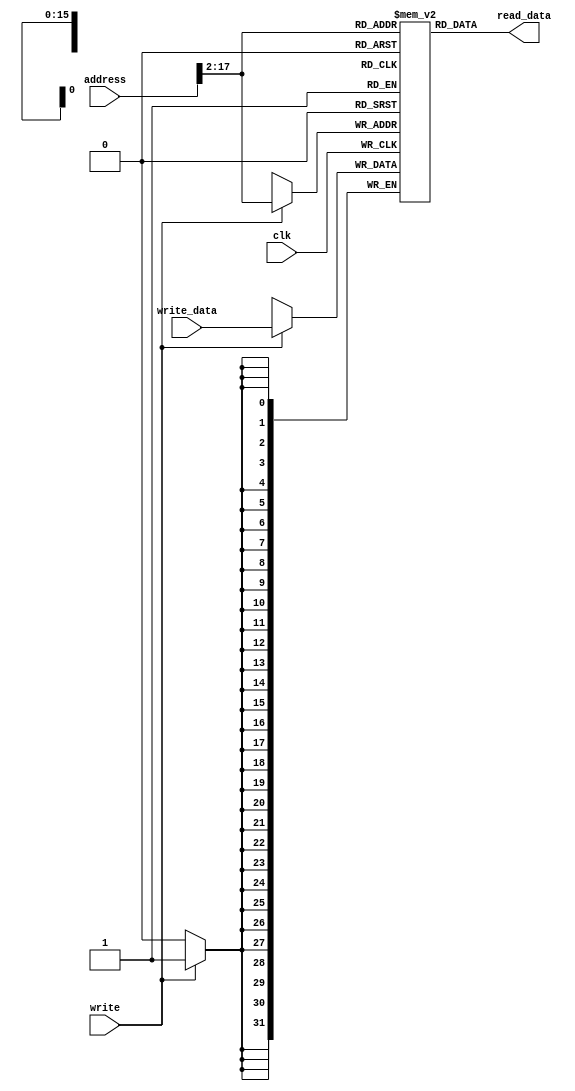

`timescale 1ns/10ps

//==============================================================================

module async_mem(
   input clk,
   input write,
   input [31:0] address,
   input [31:0] write_data,
   output [31:0] read_data
);

	reg [31:0] mem_data [0:(1<<16)-1];

// assign #7 read_data = mem_data[ address[17:2] ];  // address to read data delay of 7ns
   assign    read_data = mem_data[ address[17:2] ];  // zero delay, address to read data

   always @( posedge clk )
      if ( write )
         mem_data[ address[17:2] ] <= write_data;

endmodule

//==============================================================================
`define DEBUG	
// comment this line to disable register content writing below
//==============================================================================

module reg_file(
	input  clk,
	input  write,
	input  [ 4:0] WR,
	input  [31:0] WD,
	input  [ 4:0] RR1,
	input  [ 4:0] RR2,
	output [31:0] RD1,
	output [31:0] RD2
	);

	reg [31:0] reg_data [0:31];

	assign RD1 = reg_data[RR1];
	assign RD2 = reg_data[RR2];

// Data Forwarding in Register File for future use
//	assign RD1 = (RR1 == WR && write && RR1) ? WD : reg_data[RR1];
//	assign RD2 = (RR2 == WR && write && RR2) ? WD : reg_data[RR2];
	
	always @(posedge clk) begin
		if(write) begin
			reg_data[WR] <= WD;

			`ifdef DEBUG
			if(WR)
				$display("$%0d = %x", WR, WD);
			`endif
		end
		reg_data[0] <= 32'h00000000;
	end

endmodule

/*==============================================================================

module my_alu(
   input  [2:0] Op,
   input  [31:0] A,
   input  [31:0] B,
   output [31:0] X,
   output        Z
   );

   wire sub = Op != `ADD;
   wire [31:0] bb = sub ? ~B : B;
   wire [32:0] sum = A + bb + sub;
   wire sltu = ! sum[32];

   wire v = sub ?
            ( A[31] != B[31] && A[31] != sum[31] )
          : ( A[31] == B[31] && A[31] != sum[31] );

   wire slt = v ^ sum[31];

   reg [31:0] x;

   always @( * )
      case( Op )
         `ADD : x = sum;
         `SUB : x = sum;
         `SLT : x = slt;
         `SLTU: x = sltu;
         `AND : x = A & B;
         `OR  : x = A | B;
         `NOR : x = ~(A | B);
         `XOR : x = A ^ B;
         default : x = 32'hxxxxxxxx;
      endcase

   assign X = x;
   assign Z = x == 32'h00000000;

endmodule

//============================================================================*/